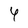
Character: 4